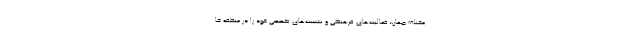
مختلف جهان؛ فعالیت‌های فرهنگی و نشست‌های تخصصی خود را در منطقه خا